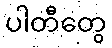
ပါတီတွေ